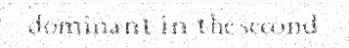
dominant in the second